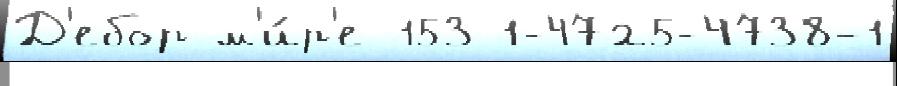
Д'ебор м'и́р'е 153 1-4725-4738-1